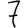
Digit: 7